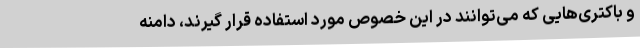
و باکتری‌هایی که می‌توانند در این خصوص مورد استفاده قرار گیرند، دامنه